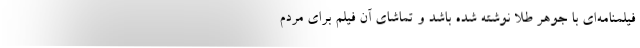
فیلمنامه‌ای با جوهر طلا نوشته شده باشد و تماشای آن فیلم برای مردم